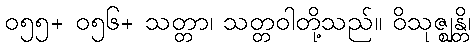
၀၅၅+ ၀၅၆+ သတ္တာ၊ သတ္တဝါတို့သည်။ ဝိသုဇ္ဈန္တိ၊